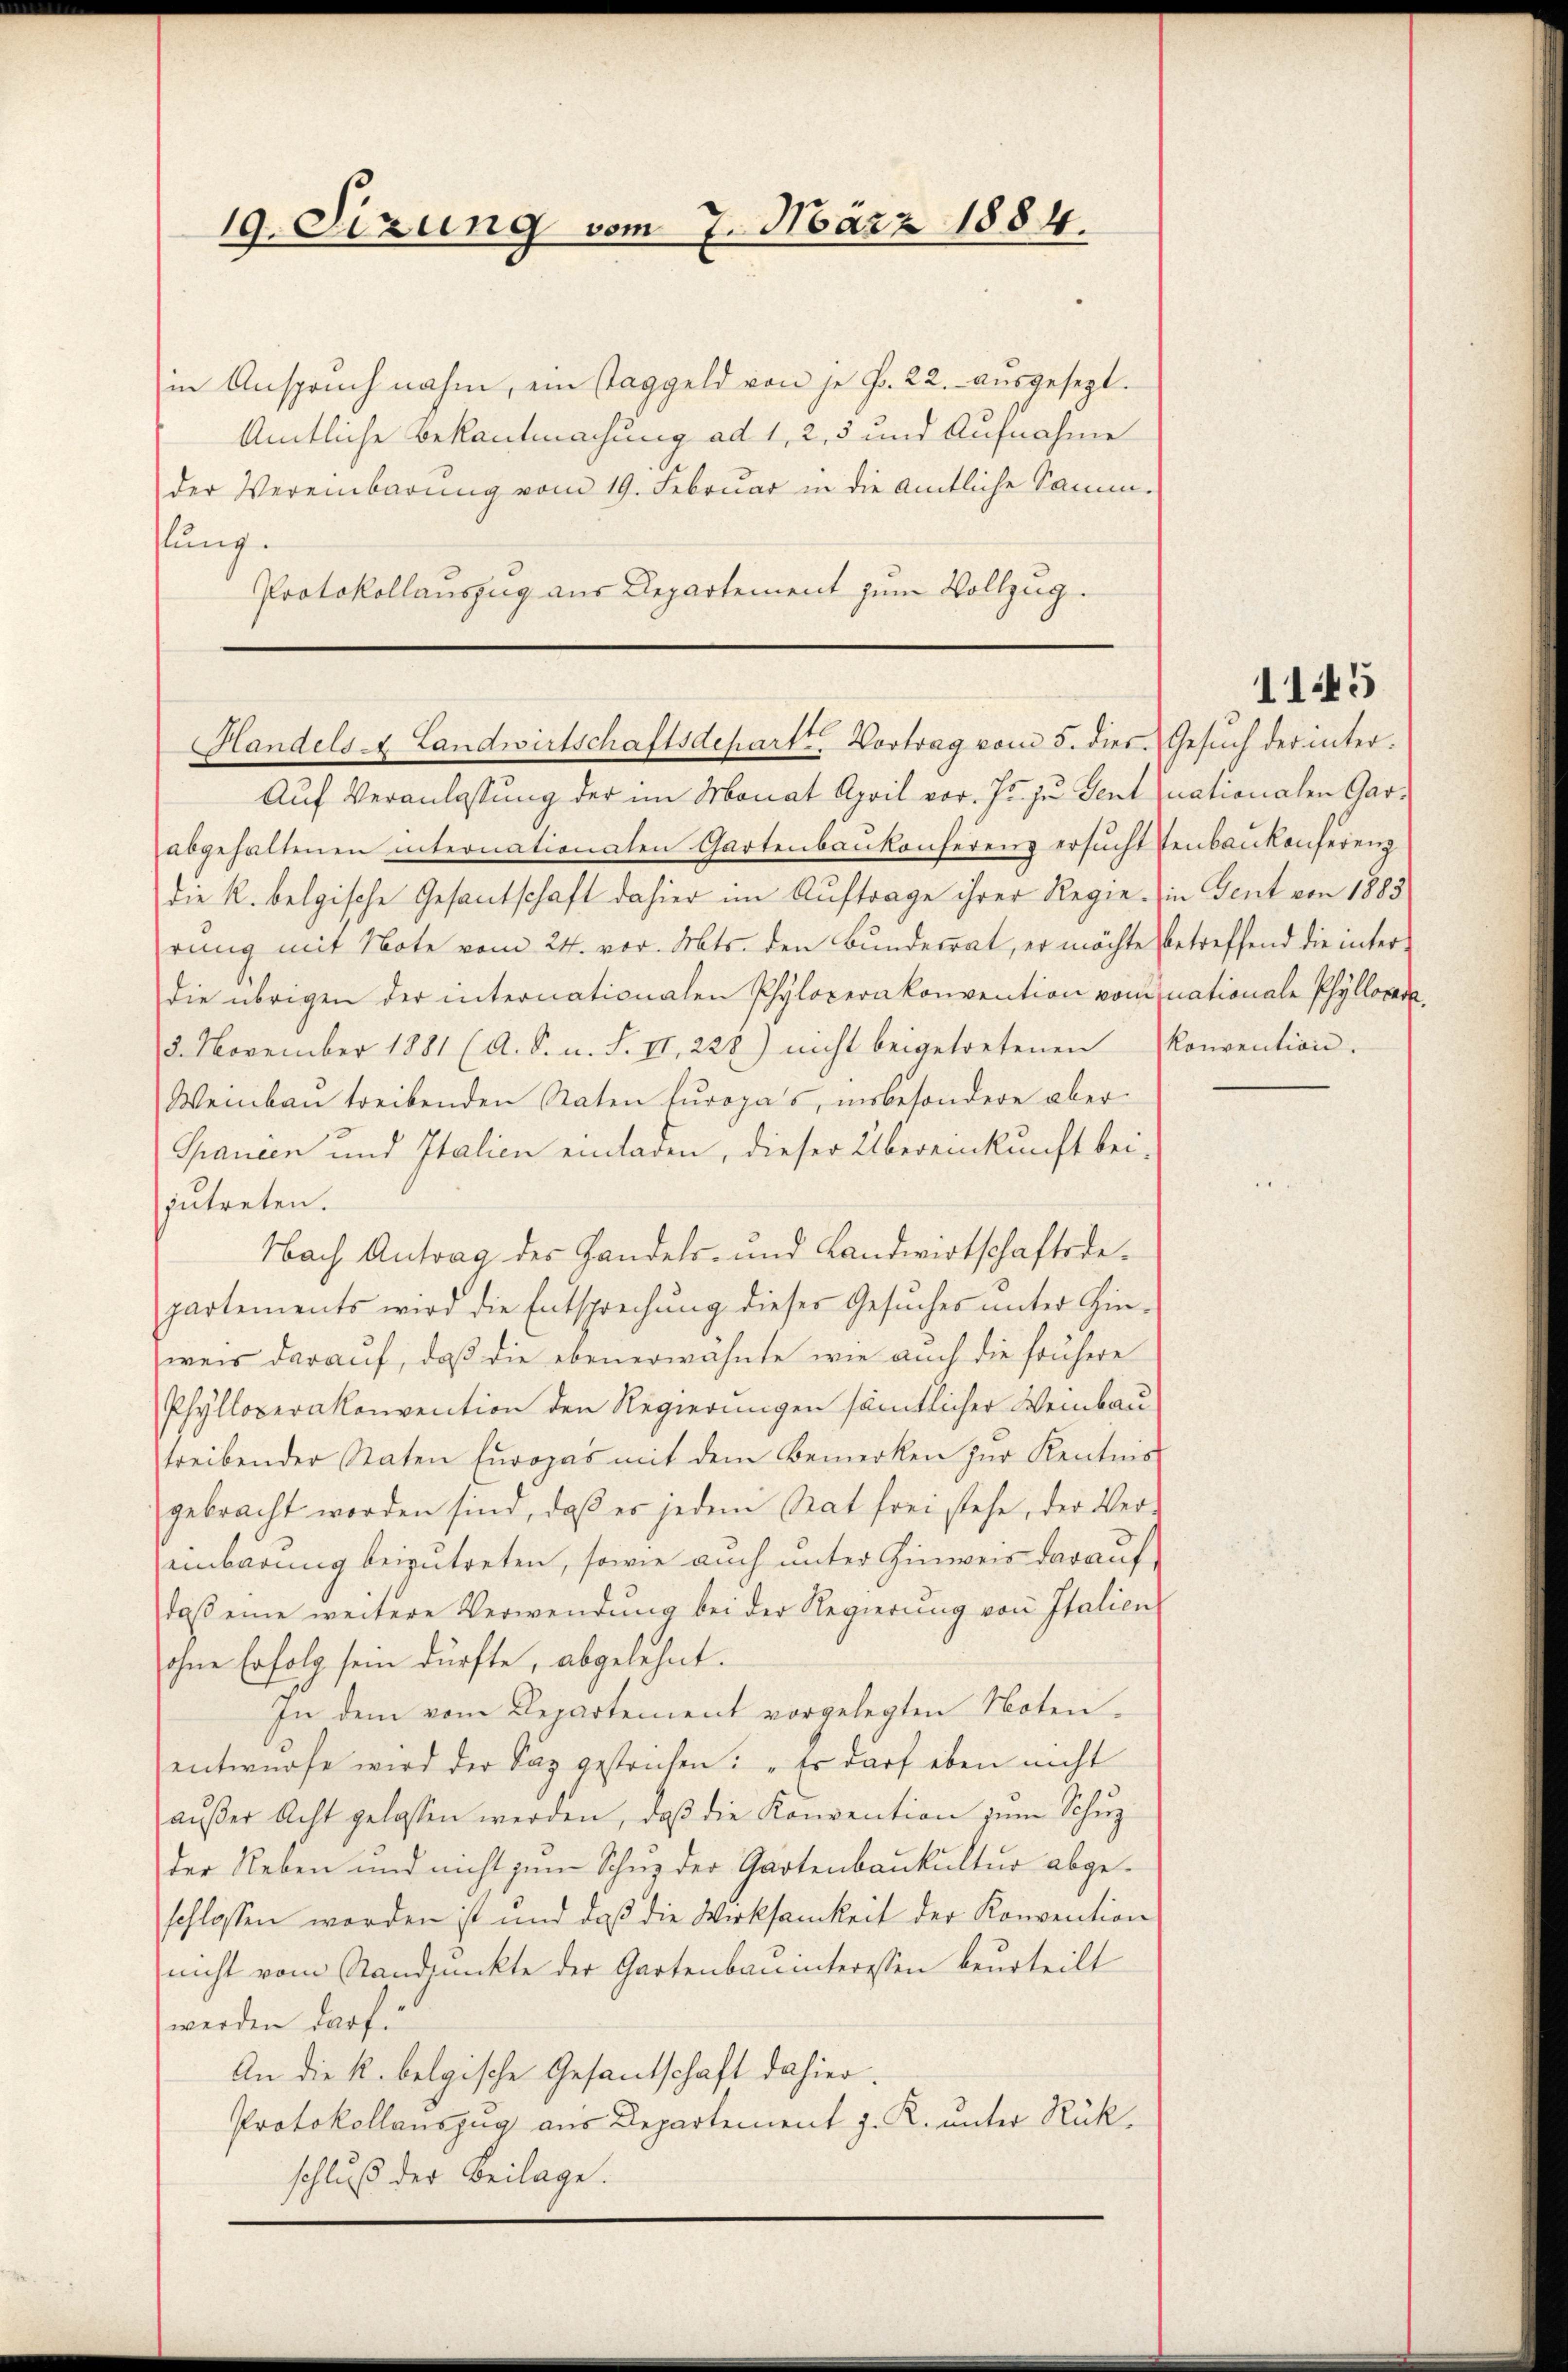
19. Sizung vom 7. März 1884.

in Anspruchnahm, ein Taggeld von je f. 22. aŭsgesezt.
Amtliche Bekantmachung ad 1, 2, 5 und Aufnahme
der Vereinbarung vom 19. Februar in die amtliche Samm-
lung.
Protokollauszug aus Departement zum Vollzug.

Handels A. Landwirtschaftsdepart Vortrag vom 5. dies. Gesŭch der inter-

Auf Veranlassung der im Monat April vor. Js. zu Sent nationalen Garabgehaltenen internationalen Gartenbankonferenz ersucht tenbaukonferenz
die k. belgische Gesantschaft dahier im Auftrage ihrer Regie in Gent von 1883
rung mit Note vom 24. vor. Mts. den Bundesrat, er möchte betreffend die inter-
die übrigen der internationalen Phyloperakonvention von nationale Phyllocar
3. November 1881 (A. S. u. S. II, 228) nicht beigetretenen Konvention.
Weinbau treibenden Raten Europas, insbesondere aber
Spanien und Italien einladen, dieser Übereinkunft bei,
zutreten.
Nach Antrag des Handels- und Landwirtschaftsdepartements wird die Entsprechung dieser Gesuches unter Hin-
weis darauf, daß die ebenerwähnte wie auch die frühere
Phylloperakonvention den Regierungen sämtlicher Weinbau
streibender Staten Europas mit dem Bemerken zŭr Kentnis
gebracht worden sind, daß es jedem Stat frei stehe, der Ver-
einbarung beizutreten, sowie auch unter Hinweis darauf
daβ eine weitere Verwendung bei der Regierŭng von Italien
ohne Erfolg sein dürfte, abgelehnt.
In dem vom Departement vorgelegten Noten.
entwürfe wird der Sag gestrichen: „Es darf eben nicht
aŭβer Acht gelassen werden, daβ die Konvention zŭm Schŭz-
der Neben und nicht zum Schuz der Gartenbaukultur abgeschlossen worden ist und daß die Wirksamkeit der Konvention
nicht vom Standpunkte der Gartenbauinteressen beurteilt
werden darf.
An die k. belgische Gesantschaft dahier.
Protokollauszug aus Departement z. R. unter Rückschluß der Beilage.

11445